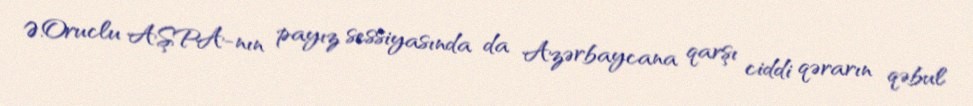
Ə.Oruclu AŞPA-nın payız sessiyasında da Azərbaycana qarşı ciddi qərarın qəbul